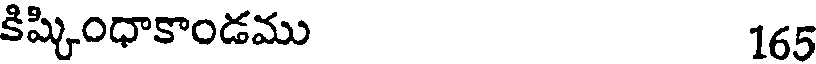
కిష్కింధాకాండము 165